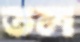
তল